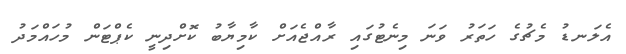
އެލަނޑު މެޗުގެ ހަތަރު ވަނަ މިނެޓުގައި ރާއްޖެއަށް ކާމިޔާބު ކޮށްދިނީ ކެޕްޓަން މުހައްމަދު